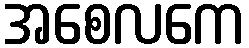
အစေလကေ